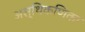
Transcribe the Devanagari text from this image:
अस्थिकणिका